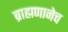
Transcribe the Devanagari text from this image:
ब्राह्मणानेच